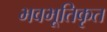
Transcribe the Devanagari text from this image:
भवभूतिकृत